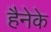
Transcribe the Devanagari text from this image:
हैनेके